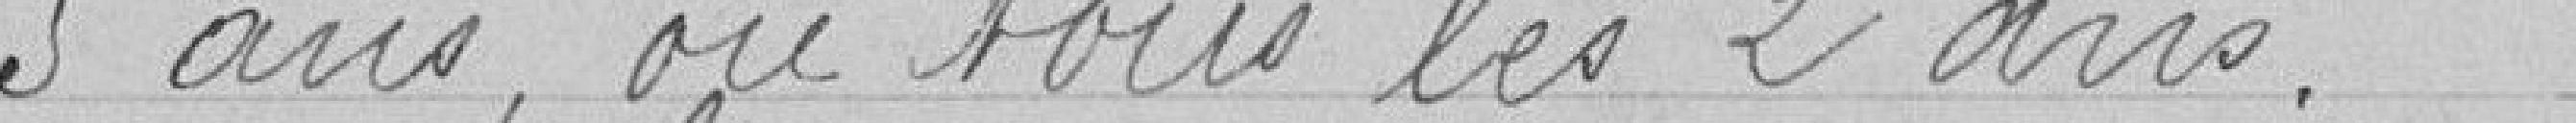
5 ans, ou tous les 2 ans.